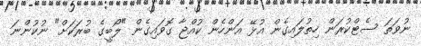
ނުވަތަ ސެޓްކުރަން ހިތުލައިގެން އުޅޭ އަންހެން ކުއްޖާ ގޮވައިގެން "ލޯބީގެ ބުރަކަށް" ނުކުންނަ